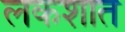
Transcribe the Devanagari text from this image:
लकशात